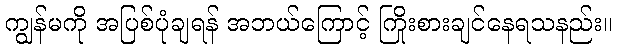
ကျွန်မကို အပြစ်ပုံချရန် အဘယ်ကြောင့် ကြိုးစားချင်နေရသနည်း။